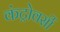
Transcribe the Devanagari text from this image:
कंट्रोवर्सी